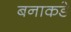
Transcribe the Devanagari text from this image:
बनाकडे